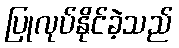
ပြုလုပ်နိုင်ခဲ့သည်